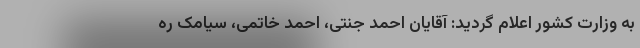
به وزارت کشور اعلام گردید: آقایان احمد جنتی، احمد خاتمی، سیامک ره